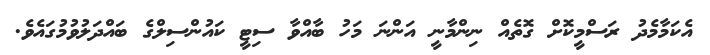
އެކަމާމެދު ރަސްމީކޮށް ގޮތެއް ނިންމާނީ އަންނަ މަހު ބާއްވާ ސިޓީ ކައުންސިލްގެ ބައްދަލުވުމުގައެވެ.